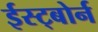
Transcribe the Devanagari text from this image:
ईस्ट्बोर्न